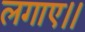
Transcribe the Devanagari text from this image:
लगाए।।